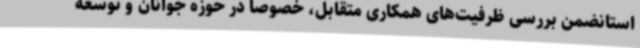
استانضمن بررسی ظرفیت‌های همکاری متقابل، خصوصا در حوزه جوانان و توسعه